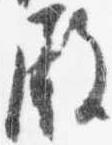
殿